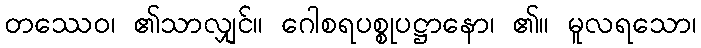
တဿေဝ၊ ၏သာလျှင်။ ဂေါစရပစ္စုပဋ္ဌာနော၊ ၏။ မူလရသော၊